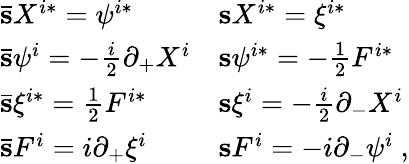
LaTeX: \begin{array}{ll}{{\bar{\mathbf s}X^{i*}=\psi^{i*}}}&{{{\mathbf s}X^{i*}=\xi^{i*}}}\\ {{\bar{\mathbf s}\psi^{i}=-\frac{i}{2}\partial_{+}X^{i}}}&{{{\mathbf s}\psi^{i*}=-\frac{1}{2}F^{i*}}}\\ {{\bar{\mathbf s}\xi^{i*}=\frac{1}{2}F^{i*}}}&{{{\mathbf s}\xi^{i}=-\frac{i}{2}\partial_{-}X^{i}}}\\ {{\bar{\mathbf s}F^{i}=i\partial_{+}\xi^{i}}}&{{{\mathbf s}F^{i}=-i\partial_{-}\psi^{i}\ ,}}\end{array}